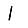
Digit: 1